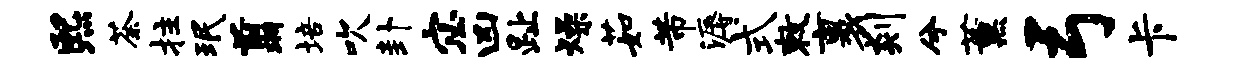
熙荼拄珉翦培吹卦宓凶趾燥茹芾溽式敕裹剡兮薰弓卡